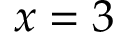
x = 3